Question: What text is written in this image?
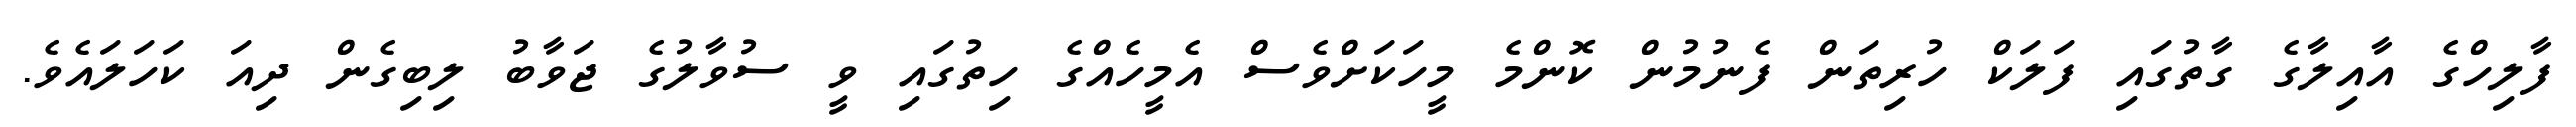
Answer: ފާލިހްގެ އާއިލާގެ ގާތުގައި ފަލަކް ހުރިތަން ފެނުމުން ކޮންމެ މީހަކަށްވެސް އެމީހެއްގެ ހިތުގައި ވީ ސުވާލުގެ ޖަވާބު ލިބިގެން ދިއަ ކަހަލައެވެ.